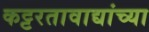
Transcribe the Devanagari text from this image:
कट्टरतावाद्यांच्या